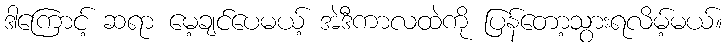
ဒါကြောင့် ဆရာ မေ့ချင်ပေမယ့် အဲဒီကာလထဲကို ပြန်တော့သွားရလိမ့်မယ်။